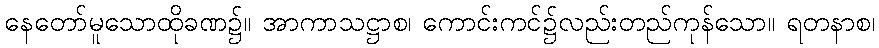
နေတော်မူသောထိုခဏ၌။ အာကာသဋ္ဌာစ၊ ကောင်းကင်၌လည်းတည်ကုန်သော။ ရတနာစ၊